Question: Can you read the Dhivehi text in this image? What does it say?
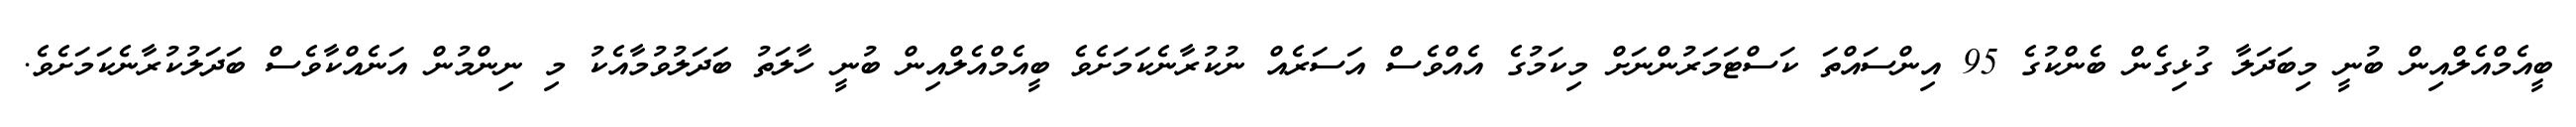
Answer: ބީއެމްއެލްއިން ބުނީ މިބަދަލާ ގުޅިގެން ބެންކުގެ 95 އިންސައްތަ ކަސްޓަމަރުންނަށް މިކަމުގެ އެއްވެސް އަސަރެއް ނުކުރާނެކަމަށެވެ ބީއެމްއެލްއިން ބުނީ ހާލަތު ބަދަލުވުމާއެކު މި ނިންމުން އަނެއްކާވެސް ބަދަލުކުރާނެކަމަށެވެ.